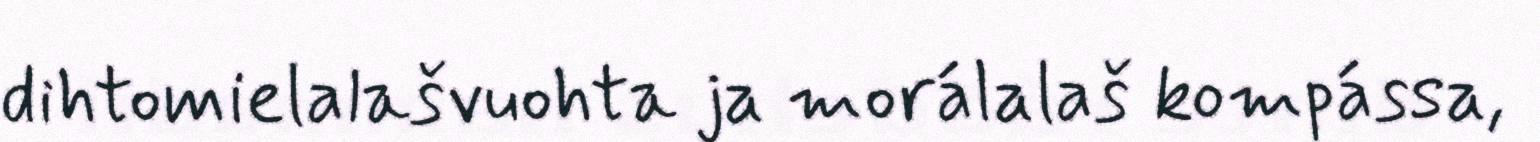
dihtomielalašvuohta ja morálalaš kompássa,